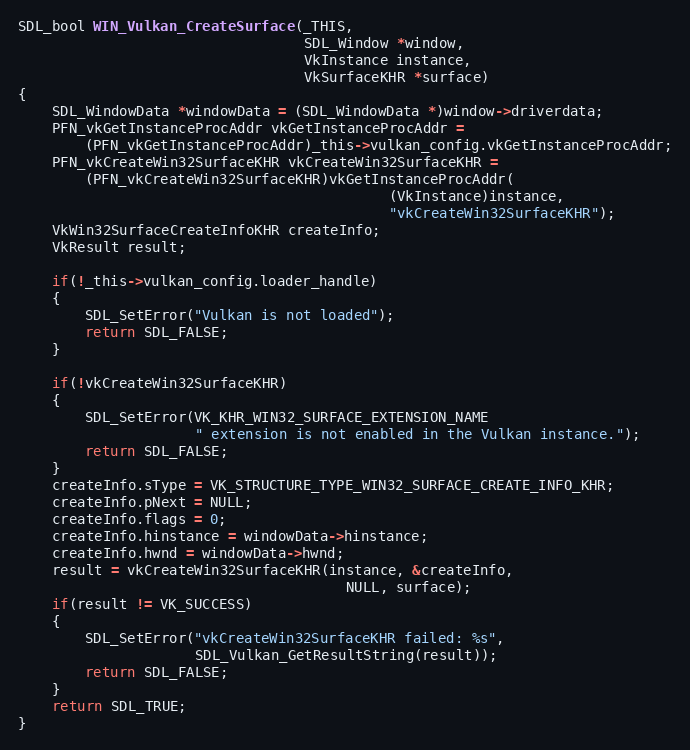
Language: C
SDL_bool WIN_Vulkan_CreateSurface(_THIS,
                                  SDL_Window *window,
                                  VkInstance instance,
                                  VkSurfaceKHR *surface)
{
    SDL_WindowData *windowData = (SDL_WindowData *)window->driverdata;
    PFN_vkGetInstanceProcAddr vkGetInstanceProcAddr =
        (PFN_vkGetInstanceProcAddr)_this->vulkan_config.vkGetInstanceProcAddr;
    PFN_vkCreateWin32SurfaceKHR vkCreateWin32SurfaceKHR =
        (PFN_vkCreateWin32SurfaceKHR)vkGetInstanceProcAddr(
                                            (VkInstance)instance,
                                            "vkCreateWin32SurfaceKHR");
    VkWin32SurfaceCreateInfoKHR createInfo;
    VkResult result;

    if(!_this->vulkan_config.loader_handle)
    {
        SDL_SetError("Vulkan is not loaded");
        return SDL_FALSE;
    }

    if(!vkCreateWin32SurfaceKHR)
    {
        SDL_SetError(VK_KHR_WIN32_SURFACE_EXTENSION_NAME
                     " extension is not enabled in the Vulkan instance.");
        return SDL_FALSE;
    }
    createInfo.sType = VK_STRUCTURE_TYPE_WIN32_SURFACE_CREATE_INFO_KHR;
    createInfo.pNext = NULL;
    createInfo.flags = 0;
    createInfo.hinstance = windowData->hinstance;
    createInfo.hwnd = windowData->hwnd;
    result = vkCreateWin32SurfaceKHR(instance, &createInfo,
                                       NULL, surface);
    if(result != VK_SUCCESS)
    {
        SDL_SetError("vkCreateWin32SurfaceKHR failed: %s",
                     SDL_Vulkan_GetResultString(result));
        return SDL_FALSE;
    }
    return SDL_TRUE;
}